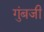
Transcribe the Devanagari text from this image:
गुंबजी